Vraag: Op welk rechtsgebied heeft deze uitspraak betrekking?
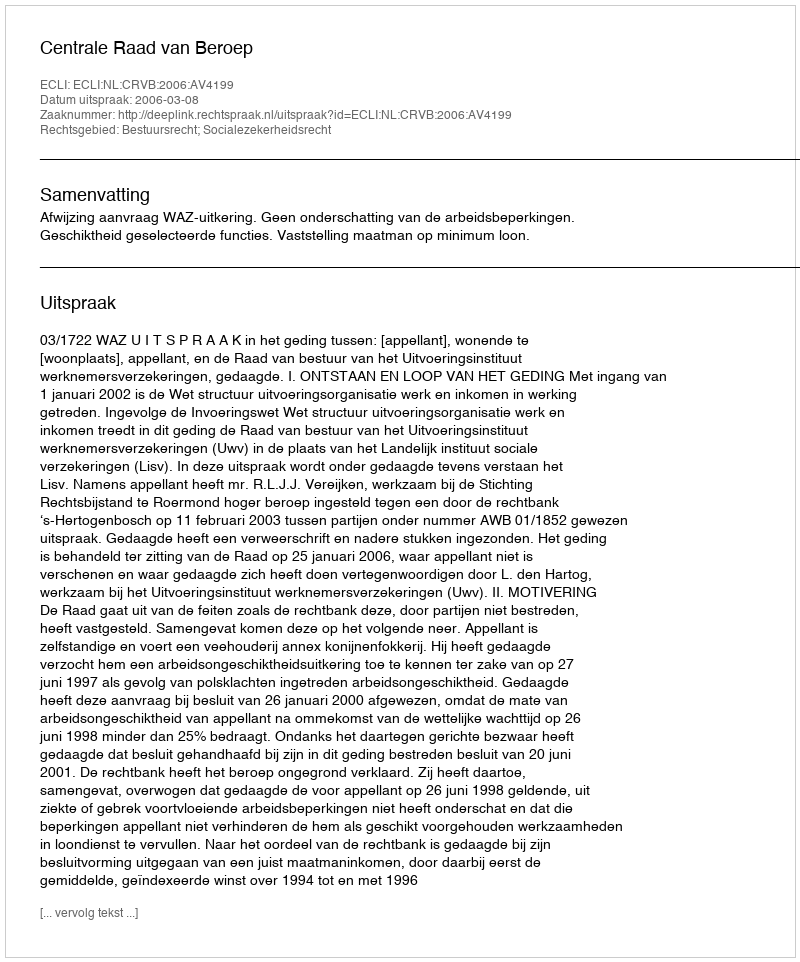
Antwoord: Bestuursrecht; Socialezekerheidsrecht